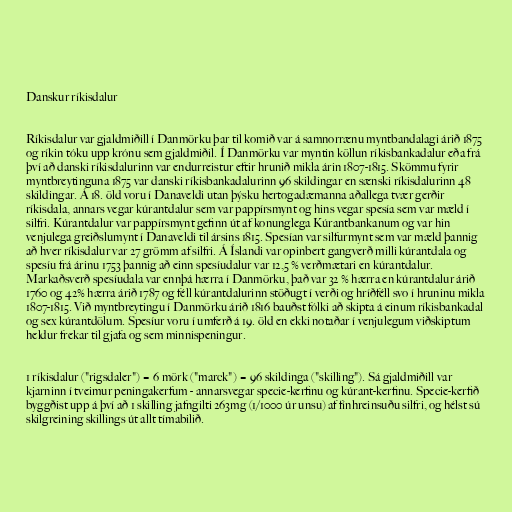
Danskur ríkisdalur

Ríkisdalur var gjaldmiðill í Danmörku þar til komið var á samnorrænu myntbandalagi árið 1875
og ríkin tóku upp krónu sem gjaldmiðil. Í Danmörku var myntin köllun ríkisbankadalur eða frá
því að danski ríkisdalurinn var endurreistur eftir hrunið mikla árin 1807-1815. Skömmu fyrir
myntbreytinguna 1875 var danski ríkisbankadalurinn 96 skildingar en sænski ríkisdalurinn 48
skildingar. Á 18. öld voru í Danaveldi utan þýsku hertogadæmanna aðallega tvær gerðir
ríkisdala, annars vegar kúrantdalur sem var pappírsmynt og hins vegar spesía sem var mæld í
silfri. Kúrantdalur var pappírsmynt gefinn út af konunglega Kúrantbankanum og var hin
venjulega greiðslumynt í Danaveldi til ársins 1815. Spesían var silfurmynt sem var mæld þannig
að hver ríkisdalur var 27 grömm af silfri. Á Íslandi var opinbert gangverð milli kúrantdala og
spesíu frá árinu 1753 þannig að einn spesíudalur var 12,5 % verðmætari en kúrantdalur.
Markaðsverð spesíudala var ennþá hærra í Danmörku, það var 32 % hærra en kúrantdalur árið
1760 og 42% hærra árið 1787 og féll kúrantdalurinn stöðugt í verði og hríðféll svo í hruninu mikla
1807-1815. Við myntbreytingu í Danmörku árið 1816 bauðst fólki að skipta á einum ríkisbankadal
og sex kúrantdölum. Spesíur voru í umferð á 19. öld en ekki notaðar í venjulegum viðskiptum
heldur frekar til gjafa og sem minnispeningur.

1 ríkisdalur ("rigsdaler") = 6 mörk ("marck") = 96 skildinga ("skilling"). Sá gjaldmiðill var
kjarninn í tveimur peningakerfum - annarsvegar specie-kerfinu og kúrant-kerfinu. Specie-kerfið
byggðist upp á því að 1 skilling jafngilti 263mg (1/1000 úr unsu) af fínhreinsuðu silfri, og hélst sú
skilgreining skillings út allt tímabilið.